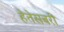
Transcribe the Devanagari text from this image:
हेतेसबरी